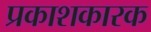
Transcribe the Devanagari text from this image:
प्रकाशकारक